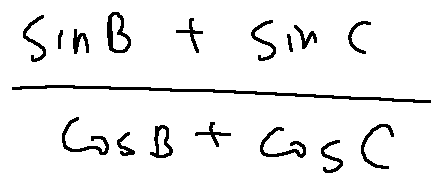
\frac { \sin B + \sin C } { \cos B + \cos C }